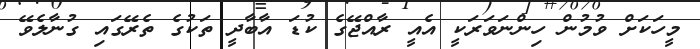
މީހަކަށް ވުމުން ހިންނަވަރަކީ އެއީ ރާއްޖޭގެ ކުޑަ އާބާދީ ތަކުގެ ތެރޭގައި ގުނާލެވޭ